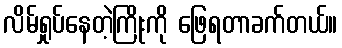
လိမ်ရှုပ်နေတဲ့ကြိုးကို ဖြေရတာခက်တယ်။